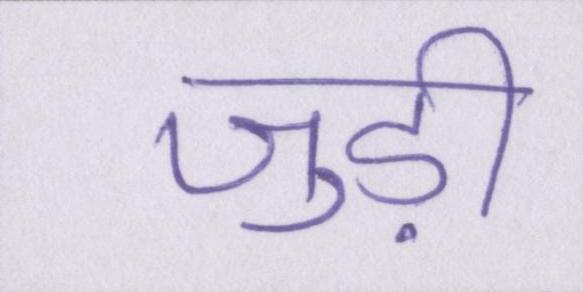
जुड़ी